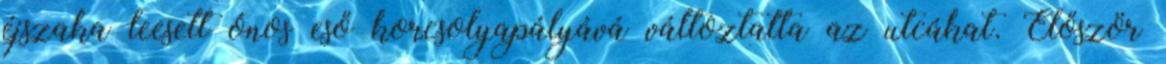
éjszaka leesett ónos eső korcsolyapályává változtatta az utcákat. Először